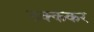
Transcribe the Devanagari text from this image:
ठक्ककर